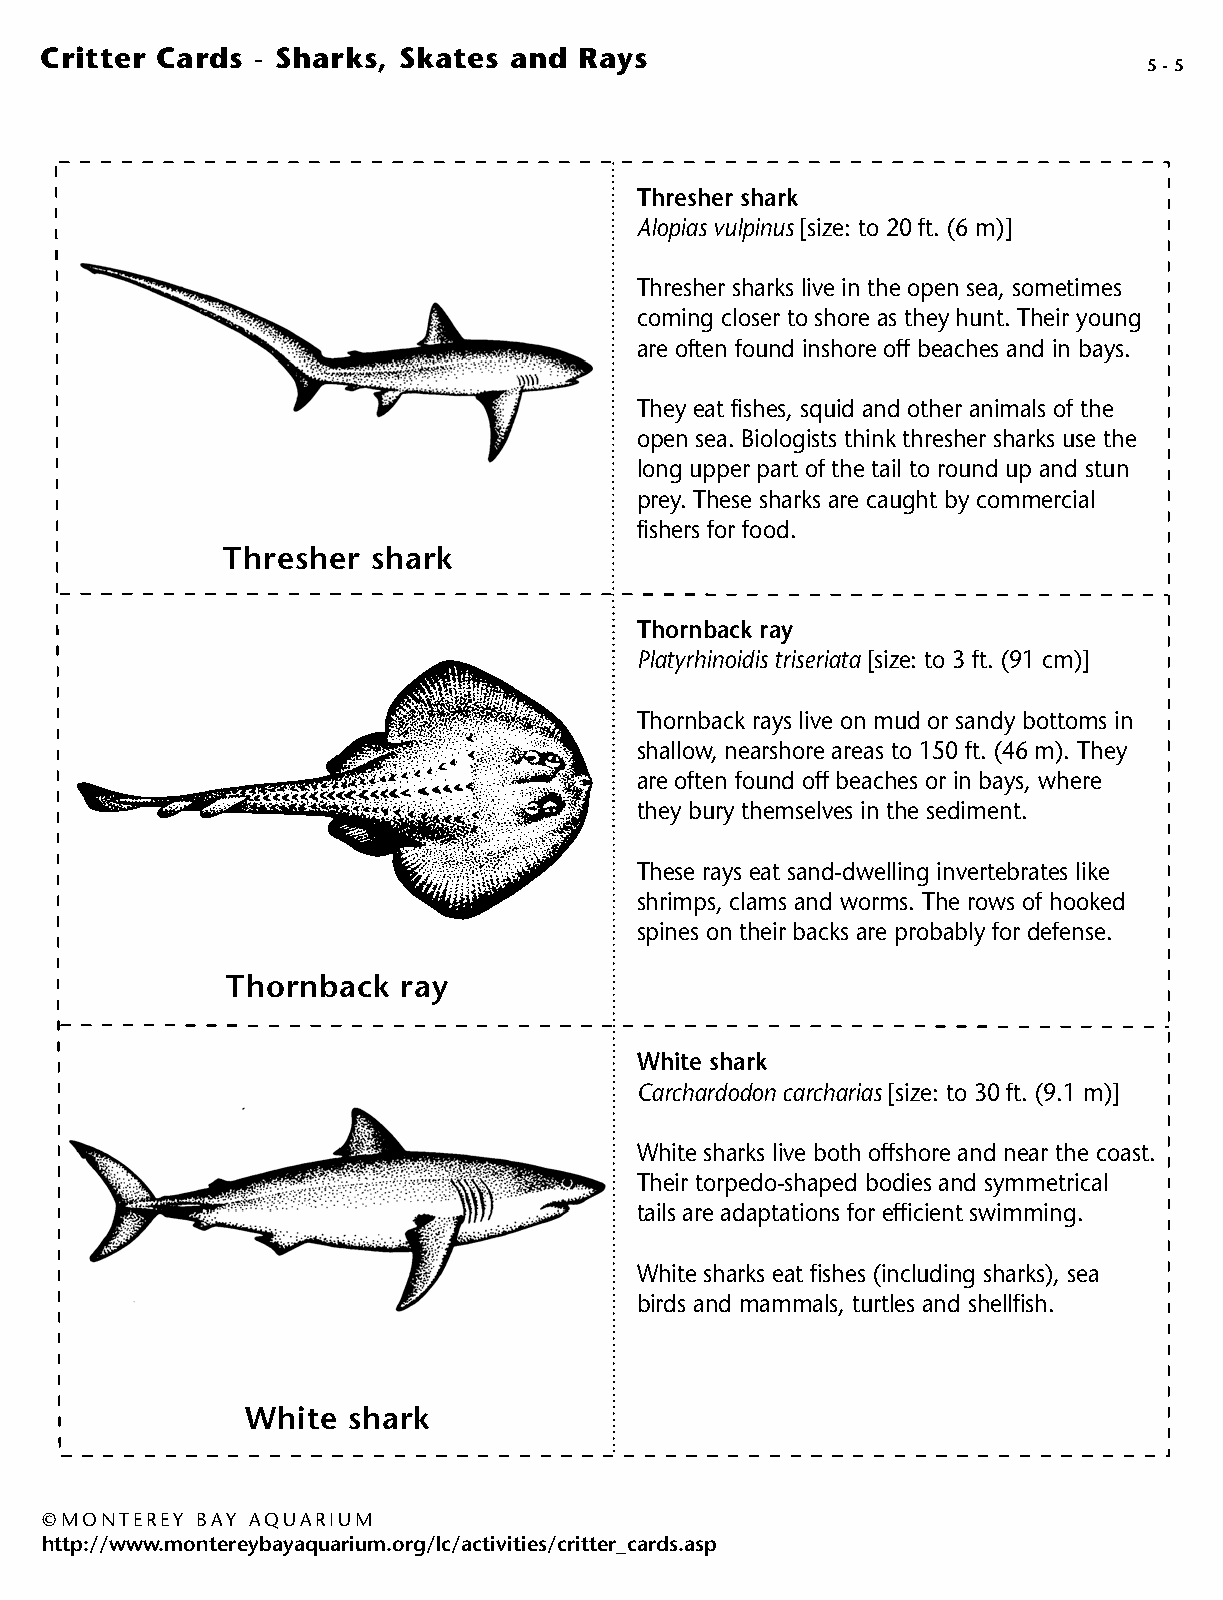
Critter Cards - Sharks, Skates and Rays
 5 - 5
 Thresher shark
 Alopias vulpinus [size: to 20 ft. (6 m)]
 Thresher sharks live in the open sea, sometimes
 coming closer to shore as they hunt. Their young
 are often found inshore off beaches and in bays.
 They eat fishes, squid and other animals of the
 open sea. Biologists think thresher sharks use the
 long upper part of the tail to round up and stun
 prey. These sharks are caught by commercial
 fishers for food.
 Thresher  shark
 Thornback ray
 Platyrhinoidis triseriata [size: to 3 ft. (91 cm)]
 Thornback rays live on mud or sandy bottoms in
 shallow, nearshore areas to 150 ft. (46 m). They
 are often found off beaches or in bays, where
 they bury themselves in the sediment.
 These rays eat sand-dwelling invertebrates like
 shrimps, clams and worms. The rows of hooked
 spines on their backs are probably for defense.
 Thornback   ray
 White shark
 Carchardodon carcharias [size: to 30 ft. (9.1 m)]
 White sharks live both offshore and near the coast.
 Their torpedo-shaped bodies and symmetrical
 tails are adaptations for efficient swimming.
 White sharks eat fishes (including sharks), sea
 birds and mammals, turtles and shellfish.
 White  shark
 © MONTEREY BAY AQUARIUM
 http://www.montereybayaquarium.org/lc/activities/critter_cards.asp